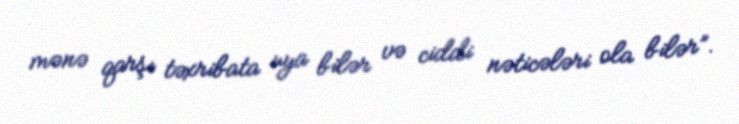
mənə qarşı təxribata uya bilər və ciddi nəticələri ola bilər”.